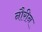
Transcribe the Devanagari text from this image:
नौरीन